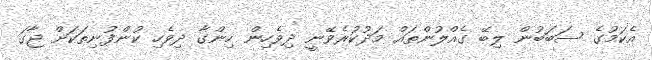
އެކަމުގެ ސަބަބުން ލިބޭ ގެއްލުންތައް މަދުކުރެވޭނީ ދިވެހިން ހިންގާ ދިވެހި ކުންފުނިތަކަށް ޖާގަ